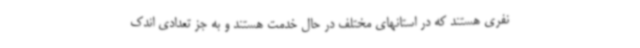
نفری هستند که در استانهای مختلف در حال خدمت هستند و به جز تعدادی اندک